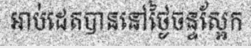
អាប់ដេតបាននៅថ្ងៃចន្ទស្អែក